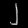
Digit: ၂